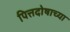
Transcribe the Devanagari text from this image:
पित्तदोषाच्या